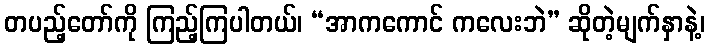
တပည့်တော်ကို ကြည့်ကြပါတယ်၊ “အာကကောင် ကလေးဘဲ” ဆိုတဲ့မျက်နှာနဲ့၊